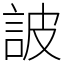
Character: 詖